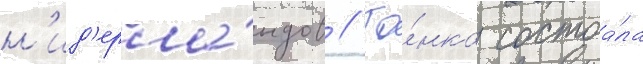
н'ид'ерла́ндов // Го́нка состоа́ла